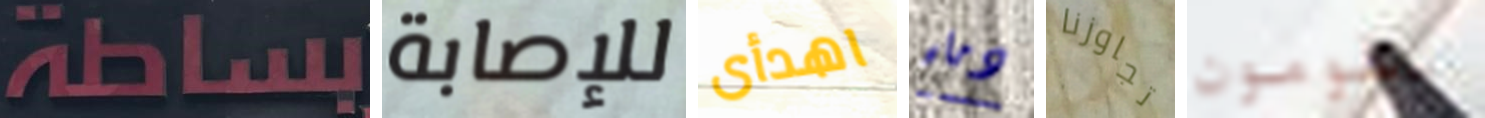
بساطة للإصابة اهدأى دماء تجاوزنا تقومون